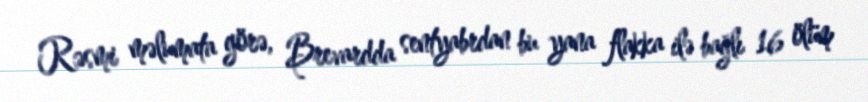
Rəsmi məlumata görə, Brevardda sentyabrdan bu yana flakka ilə bağlı 16 ölüm